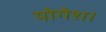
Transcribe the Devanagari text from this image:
योगेश।